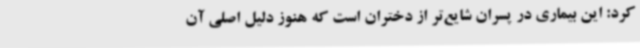
کرد: این بیماری در پسران شایع‌تر از دختران است که هنوز دلیل اصلی آن